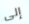
إلى